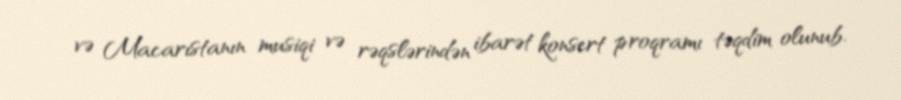
və Macarıstanın musiqi və rəqslərindən ibarət konsert proqramı təqdim olunub.